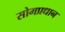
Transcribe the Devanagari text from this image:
सोमप्रधान